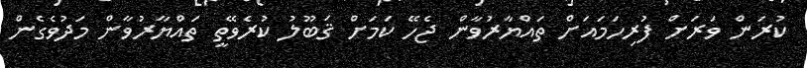
ކުރަން ވަރަށް ފުރިހަމައަށް ތައްޔާރުވާން ޖެހޭ ކަމަށް ޤަބޫލު ކުރެވޭތީ ތައްޔާރުވާން މަދުވެގެން